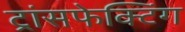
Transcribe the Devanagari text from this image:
ट्रांसफेक्टिंग